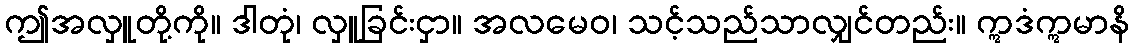
ဤအလှူတို့ကို။ ဒါတုံ၊ လှူခြင်းငှာ။ အလမေဝ၊ သင့်သည်သာလျှင်တည်း။ ဣဒံဣမာနိ